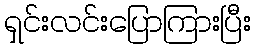
ရှင်းလင်းပြောကြားပြီး